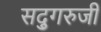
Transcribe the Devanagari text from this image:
सद्गुरुजी